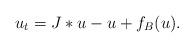
LaTeX: \begin{align*}u_{t}=J\ast u-u+f_{B}(u).\end{align*}